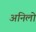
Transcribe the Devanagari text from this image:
अनिलो